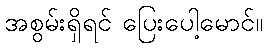
အစွမ်းရှိရင် ပြေးပေါ့မောင်။